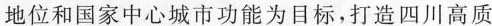
地位和国家中心城市功能为目标，打造四川高质